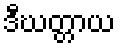
ဒီဃတ္တာယ